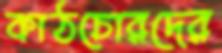
কাঠচোরদের